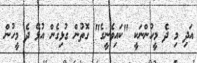
އަދި މި ދެ މީހުންނަކީ "ކައިވެނީގެ" ގޮތުން ގުޅިގެން އުޅޭ ދެ މީހުން